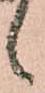
候